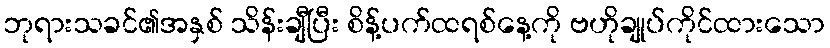
ဘုရားသခင်၏အနှစ် သိန်းချီပြီး စိန့်ပက်ထရစ်နေ့ကို ဗဟိုချုပ်ကိုင်ထားသော